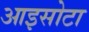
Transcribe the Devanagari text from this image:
आइसोटा